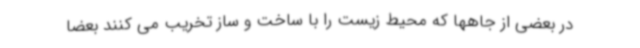
در بعضی از جاهها که محیط زیست را با ساخت و ساز تخریب می کنند بعضا